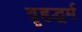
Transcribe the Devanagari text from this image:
वृहद्धर्म